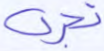
تجري